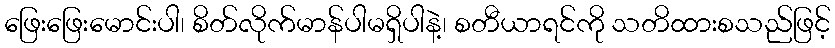
ဖြေးဖြေးမောင်းပါ၊ စိတ်လိုက်မာန်ပါမရှိပါနဲ့၊ စတီယာရင်ကို သတိထားစသည်ဖြင့်